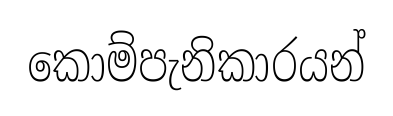
කොම්පැනිකාරයන්